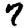
Digit: 7